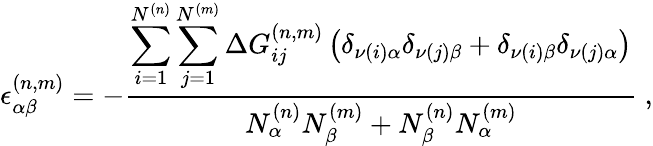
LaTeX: \epsilon_{\alpha\beta}^{(n,m)}=-\frac{\displaystyle\sum_{i=1}^{N^{(n)}}\sum_{j=1}^{N^{(m)}}\Delta G_{ij}^{(n,m)}\left(\delta_{\nu(i)\alpha}\delta_{\nu(j)\beta}+\delta_{\nu(i)\beta}\delta_{\nu(j)\alpha}\right)}{N_{\alpha}^{(n)}N_{\beta}^{(m)}+N_{\beta}^{(n)}N_{\alpha}^{(m)}}~,